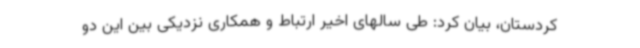
کردستان، بیان کرد: طی سالهای اخیر ارتباط و همکاری نزدیکی بین این دو